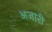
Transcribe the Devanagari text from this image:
अजारी